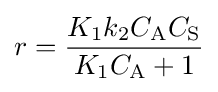
r={\frac {K_{1}k_{2}C_{\mathrm {A} }C_{\mathrm {S} }}{K_{1}C_{\mathrm {A} }+1}}